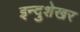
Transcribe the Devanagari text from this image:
इन्दुशेखर